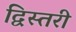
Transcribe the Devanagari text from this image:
द्विस्तरी